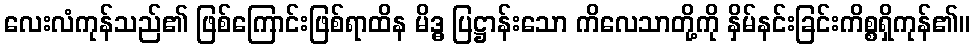
လေးလံကုန်သည်၏ ဖြစ်ကြောင်းဖြစ်ရာထိန မိဒ္ဓ ပြဋ္ဌာန်းသော ကိလေသာတို့ကို နှိမ်နင်းခြင်းကိစ္စရှိကုန်၏။